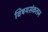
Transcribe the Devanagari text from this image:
विषयसंकलन